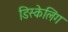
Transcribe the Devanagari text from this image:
डिस्केलिंग